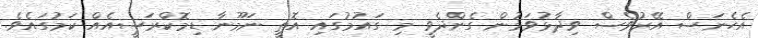
އެހެނަސް އޭރުވެސް ވިދާޅުވަމުން ގެންދެވީ މި ގައުމުގައި އޮތީ ނަމޫނާ ޑިމޮކްރަސީއެއް ކަމުގައެވެ.